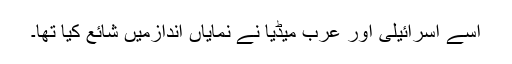
اسے اسرائیلی اور عرب میڈیا نے نمایاں اندازمیں شائع کیا تھا۔